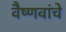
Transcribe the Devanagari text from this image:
वैष्णवांचे